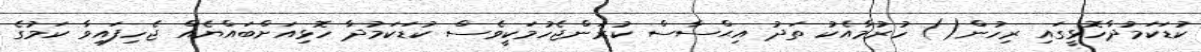
ކުޑަކަމުދާހޮޅީގައި ރިހުން() ހުރުމާއެކު ތަދު އިޙްސާސް ކުރަންޖެހުމަކީވެސް ކުޑަކަމުދާ ހޮޅިއަށްބައްޔެއް ޖެހިފައިވާ ކަމުގެ